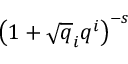
\left( 1 + { \sqrt { q } } _ { i } q ^ { i } \right) ^ { - s }